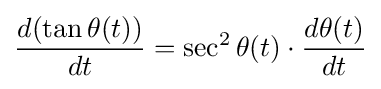
{\frac {d(\tan \theta (t))}{dt}}=\sec ^{2}\theta (t)\cdot {\frac {d\theta (t)}{dt}}